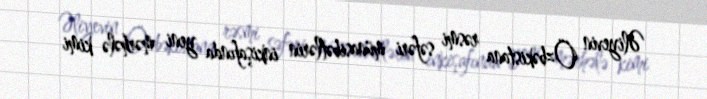
Əliyevin Özbəkistana rəsmi səfəri münasibətlərin inkişafında yeni mərhələ kimi